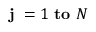
\mathbf { j } \ = 1 \ \mathbf { t o } \ N